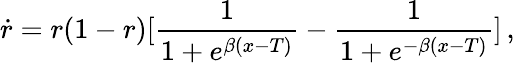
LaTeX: \dot{r}=r(1-r)[\frac{1}{1+e^{\beta(x-T)}}-\frac{1}{1+e^{-\beta(x-T)}}]\, ,